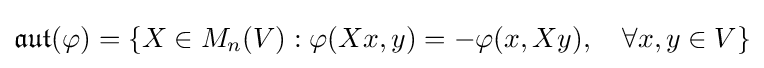
{\mathfrak {aut}}(\varphi )=\{X\in M_{n}(V):\varphi (Xx,y)=-\varphi (x,Xy),\quad \forall x,y\in V\}